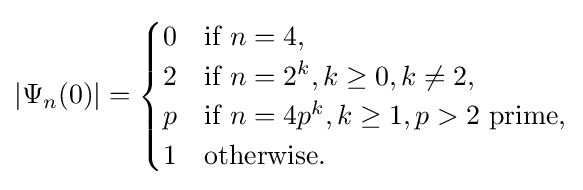
|\Psi _{n}(0)|={\begin{cases}0&{\text{if}}\ n=4,\\2&{\text{if}}\ n=2^{k},k\geq 0,k\neq 2,\\p&{\text{if}}\ n=4p^{k},k\geq 1,p>2\ {\text{prime,}}\\1&{\text{otherwise.}}\end{cases}}